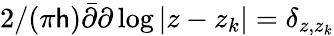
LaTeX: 2/(\pi\mathsf{h})\bar{{\partial}}\partial\log|z-z_{k}|=\delta_{z,z_{k}}